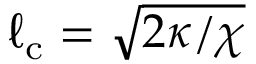
\ell _ { \mathrm { c } } = \sqrt { 2 \kappa / \chi }